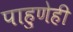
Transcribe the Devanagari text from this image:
पाहुणेही